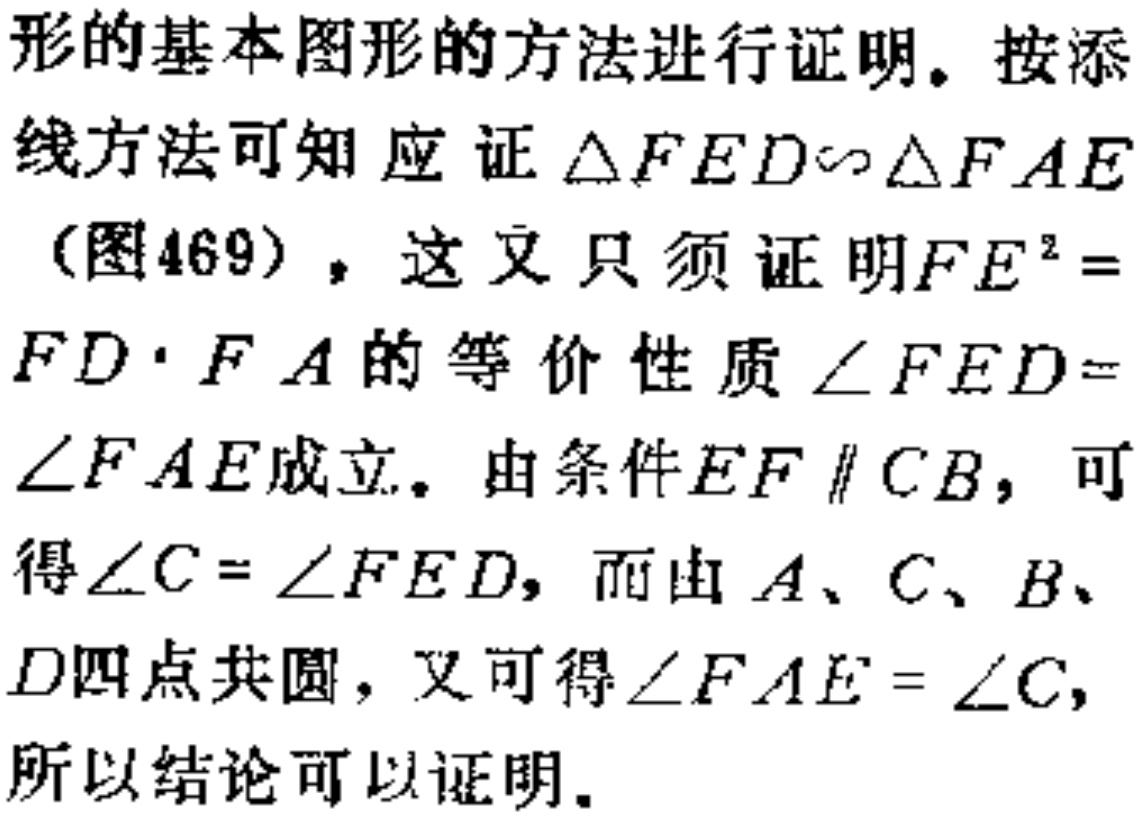
形的基本图形的方法进行证明。按添
线方法可知应证$\triangle FED\sim\triangle FAE$
（图469），这又只须证明$FE^{2} =$
$FD\cdot FA$的等价性质$\angle FED =$
$\angle FAE$成立。由条件$EF\parallel CB$，可
得$\angle C=\angle FED$，而由$A、C、B、$
$D$四点共圆，又可得$\angle FAE=\angle C$，
所以结论可以证明。